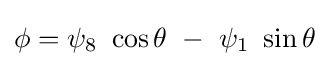
\phi =\psi _{8}\ \cos \theta \ -\ \psi _{1}\ \sin \theta